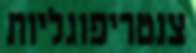
צנטריפוגליות